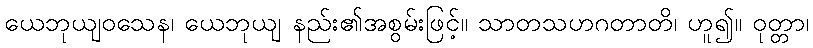
ယေဘုယျဝသေန၊ ယေဘုယျ နည်း၏အစွမ်းဖြင့်။ သာတသဟဂတာတိ၊ ဟူ၍။ ဝုတ္တာ၊